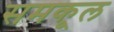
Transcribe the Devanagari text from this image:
समकूल